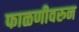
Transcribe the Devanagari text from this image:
फाळणीवरुन